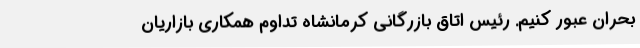
بحران عبور کنیم. رئیس اتاق بازرگانی کرمانشاه تداوم همکاری بازاریان